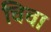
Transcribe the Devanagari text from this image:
चिचा